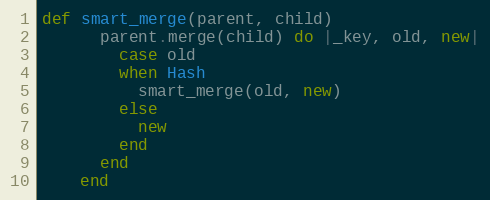
Language: Ruby
def smart_merge(parent, child)
      parent.merge(child) do |_key, old, new|
        case old
        when Hash
          smart_merge(old, new)
        else
          new
        end
      end
    end